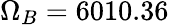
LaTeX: \Omega_{B}=6010.36